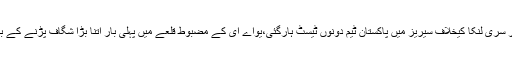
گزشتہ سال ریٹائر ہونے والے یونس خان اور مصباح الحق کے بغیر سری لنکا کیخلاف سیریز میں پاکستان ٹیم دونوں ٹیسٹ ہارگئی،یواے ای کے مضبوط قلعے میں پہلی بار اتنا بڑا شگاف پڑنے کے بعد نومبر میں فواد عالم کو اچانک نیشنل کرکٹ اکیڈمی میں بلایا گیا۔